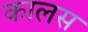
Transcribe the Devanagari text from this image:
कालस